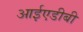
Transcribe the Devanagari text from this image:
आईएडीबी